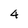
Character: 4